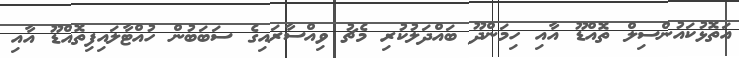
އަތޮޅުކައުންސިލް ތޮއްޑޫ އާއި ހިމަންދޫ ބައްދަލުކުރި މެޗު ވިއްސާރައިގެ ސަބަބުން ހުއްޓާލައިފިތޮއްޑޫ އާއި